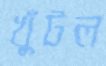
খুঁটল